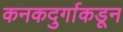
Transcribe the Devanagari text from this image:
कनकदुर्गाकडून